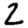
Digit: 2